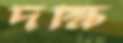
দক্ষি